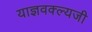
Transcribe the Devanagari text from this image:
याज्ञवक्ल्यजी